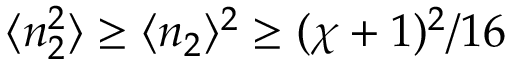
\langle n _ { 2 } ^ { 2 } \rangle \geq \langle n _ { 2 } \rangle ^ { 2 } \geq ( \chi + 1 ) ^ { 2 } / 1 6